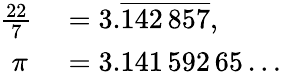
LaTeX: \begin{array}{rl}{{\frac{22}{7}}}&{{}=3.{\overline{{142\, 857}}},}\\ {\pi\, }&{{}=3.141\, 592\, 65\ldots}\end{array}